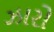
ઝારો